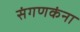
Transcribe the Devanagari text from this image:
संगणकंना